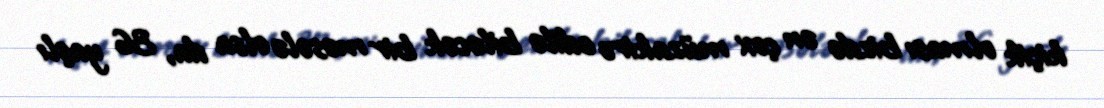
kiçik olması bizdə ən çox müzakirə edilə biləcək bir məsələ olsa da, 36 yaşlı